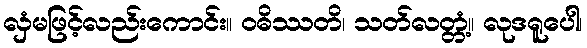
လှံမဖြင့်လည်းကောင်း။ ဝဓိဿတိ၊ သတ်လတ္တံ့။ လုဒရူပေါ၊